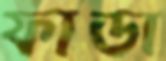
ফাডা